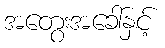
အတွေးအခေါ်နှင့်